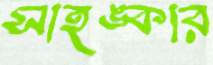
সাহঙ্কার